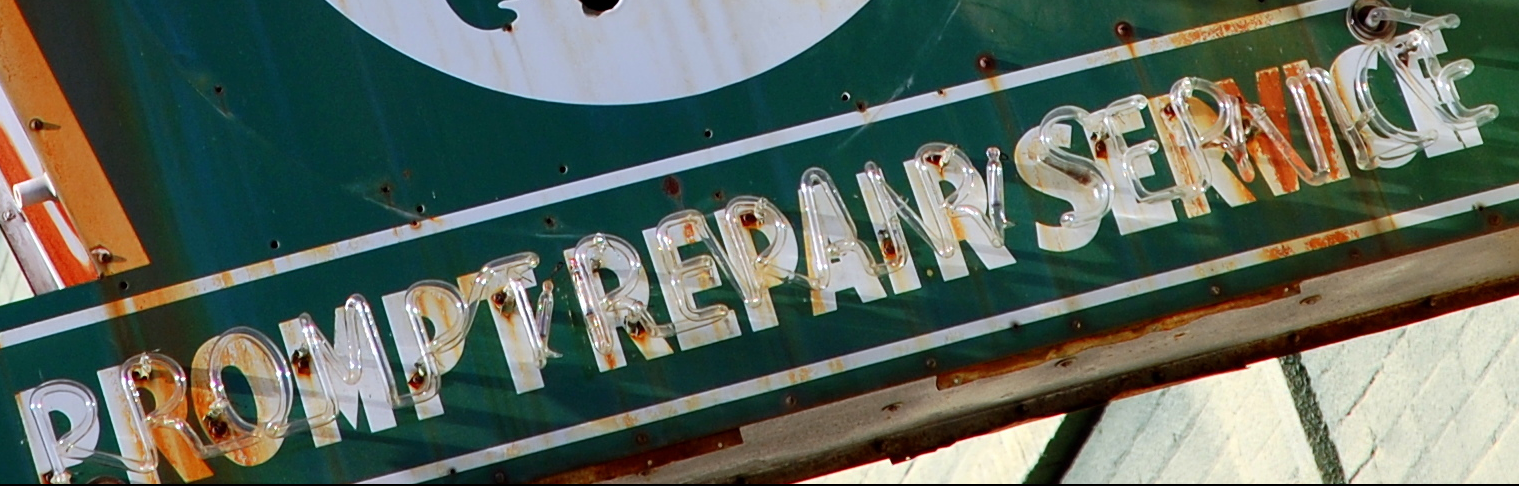
PROMPT REPAIR SERVICE